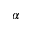
\alpha